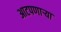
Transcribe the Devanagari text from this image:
आटपणाऱ्या